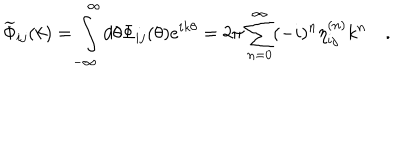
\widetilde { \Phi } _ { i j } ( k ) = \int _ { - \infty } ^ { \infty } d \theta \Phi _ { i j } ( \theta ) e ^ { i k \theta } = 2 \pi \sum _ { n = 0 } ^ { \infty } ( - i ) ^ { n } \eta _ { i j } ^ { ( n ) } k ^ { n } \quad .